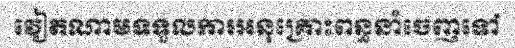
វៀតណាមទទួលការអនុគ្រោះពន្ធនាំចេញទៅ